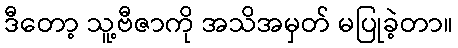
ဒီတော့ သူ့ဗီဇာကို အသိအမှတ် မပြုခဲ့တာ။